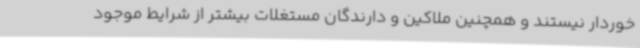
خوردار نیستند و همچنین ملاکین و دارندگان مستغلات بیشتر از شرایط موجود